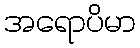
အရောပိမာ